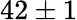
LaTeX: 42\pm 1